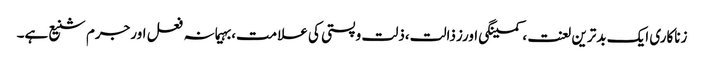
زناکاری ایک بدترین لعنت ،کمینگی اورزذالت،ذلت وپستی کی علامت،بہیمانہ فعل اورجرم شنیع ہے۔